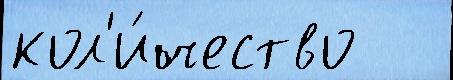
кол'и́чество